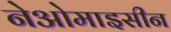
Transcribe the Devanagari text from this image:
नेओमाइसीन